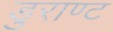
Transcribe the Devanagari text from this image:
डुराण्ट